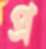
প্র